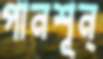
পানশূন্